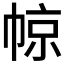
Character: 𱜬